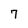
Character: 7